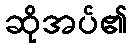
ဆိုအပ်၏